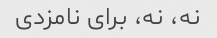
نه، نه، برای نامزدی